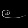
Digit: ၉